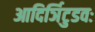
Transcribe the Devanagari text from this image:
आदिर्ञिटुडवः